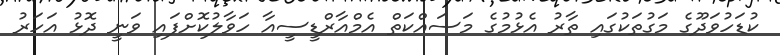
ކުޑަހުވަދޫގެ މަގުތަކުގައި ތާރު އެޅުމުގެ މަސައްކަތް އެމްއާރްޑީސީއާ ހަވާލުކޮށްފައި ވަނީ ދޮޅު އަހަރު